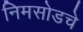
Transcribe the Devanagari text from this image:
निमसोडचे